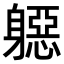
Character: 𨉼